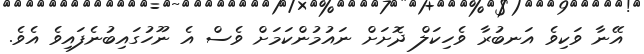
އޭނާ ވަކިވެ އަނބުރާ ވެހިކަލް ދޮށަށް ނައުމުންކަމަށް ވެސް އެ ނޫހުގައިބުނެފައިވެ އެވެ.